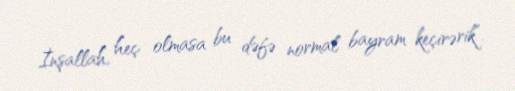
İnşallah, heç olmasa bu dəfə normal bayram keçirərik”.